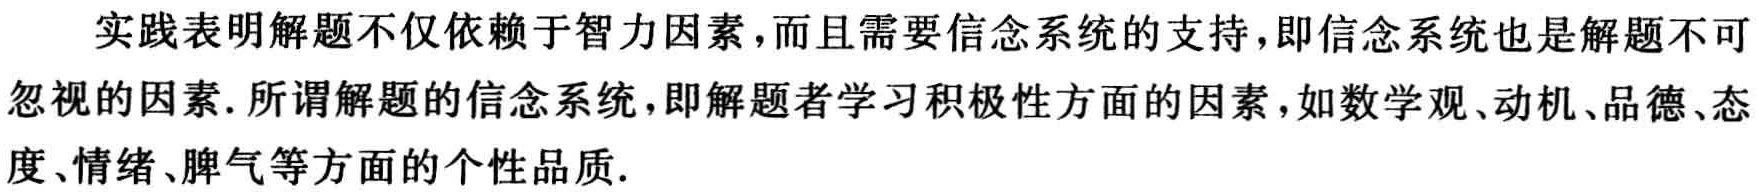
实践表明解题不仅依赖于智力因素，而且需要信念系统的支持，即信念系统也是解题不可忽视的因素. 所谓解题的信念系统，即解题者学习积极性方面的因素，如数学观、动机、品德、态度、情绪、脾气等方面的个性品质.